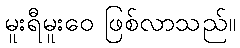
မူးရီမူးဝေ ဖြစ်လာသည်။